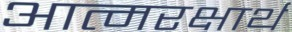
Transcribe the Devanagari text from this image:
आत्मरक्षार्थ